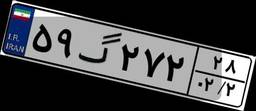
۵۹گ۲۷۲۲۸